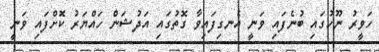
ހަވީރު ނޫހުގައި ބުނެފައި ވަނީ އެނގިފައިވާ ގޮތުގައި އަދުޝަން ހައްޔަރު ކޮށްފައި ވަނީ